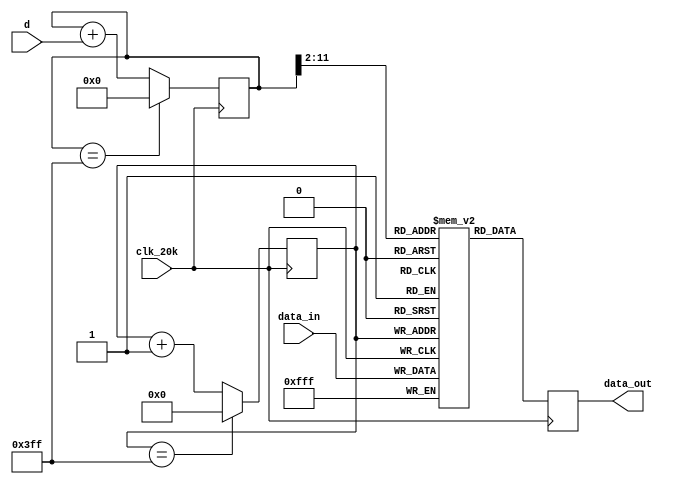
`timescale 1ns / 1ps
//////////////////////////////////////////////////////////////////////////////////
// Company: 
// Engineer: 
// 
// Design Name: 
// Module Name: buffer
// Project Name: 
// Target Devices: 
// Tool Versions: 
// Description: 
// 
// Dependencies: 
// 
// Revision:
// Revision 0.01 - File Created
// Additional Comments:
// 
//////////////////////////////////////////////////////////////////////////////////


module buffer(
    input clk_20k,
    input [11:0] data_in,
    input [3:0] d,
    output reg [11:0] data_out = 0
    );

    reg [11:0] memory [0:1023];
    reg [11:0] i = 0; 
    reg [9:0] j = 0; 


    always @ (posedge clk_20k) begin
        memory[j] <= data_in;
        j <= (j == 1023) ? 0 : j + 1;
        i <= (i == 1023) ? 0 : i + d; //skip certain memory
        data_out <= memory[i[11:2]];
    end

endmodule